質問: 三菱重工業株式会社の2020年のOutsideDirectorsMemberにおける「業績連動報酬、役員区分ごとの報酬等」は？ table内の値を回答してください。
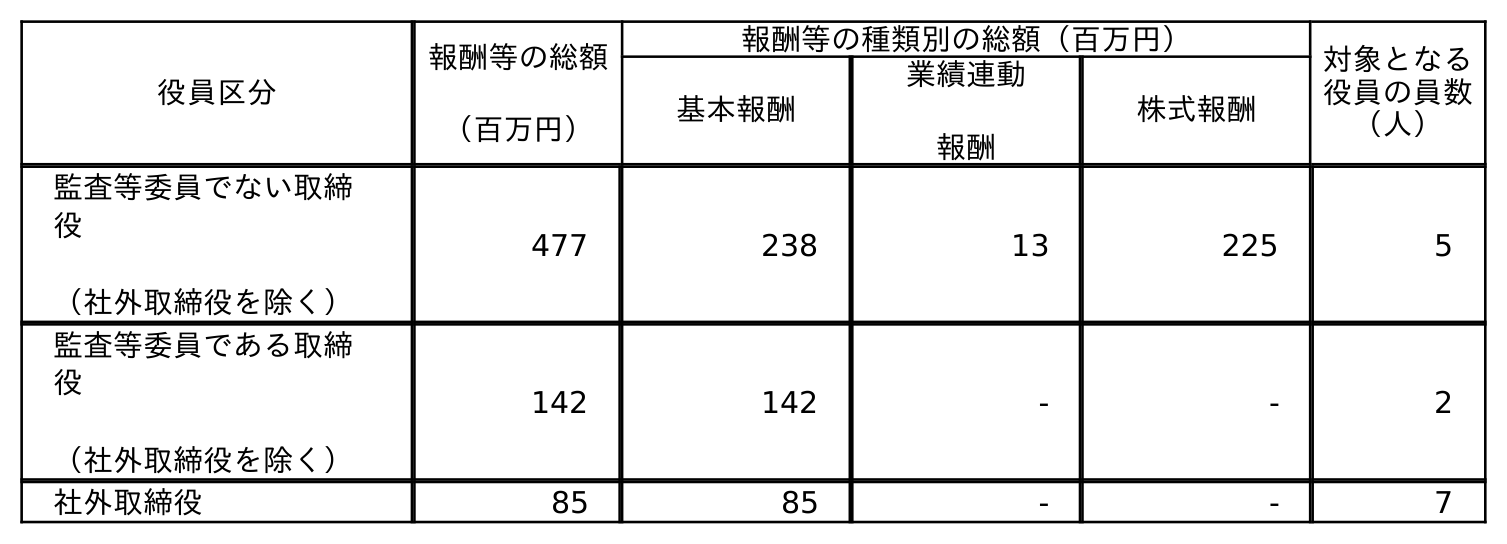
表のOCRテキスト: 役員区分 報酬等の総額 （百万円） 報酬等の種類別の総額（百万円） 対象となる 役員の員数 （人） 基本報酬 業績連動 報酬 株式報酬 監査等委員でない取締 役 （社外取締役を除く） 477 238 13 225 5 監査等委員である取締 役 （社外取締役を除く） 142 142 - - 2 社外取締役 85 85 - - 7
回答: -